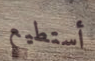
أستطيع